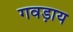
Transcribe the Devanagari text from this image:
गवड़ाय